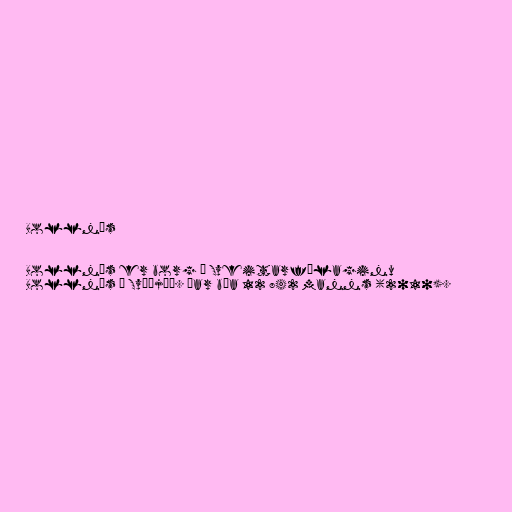
Bollnäs

Bollnäs er borg í Sveitarfélaginu
Bollnäs í Svíþjóð. Þar búa 12 842 manns (2010).